Leaving Certificate, 1900
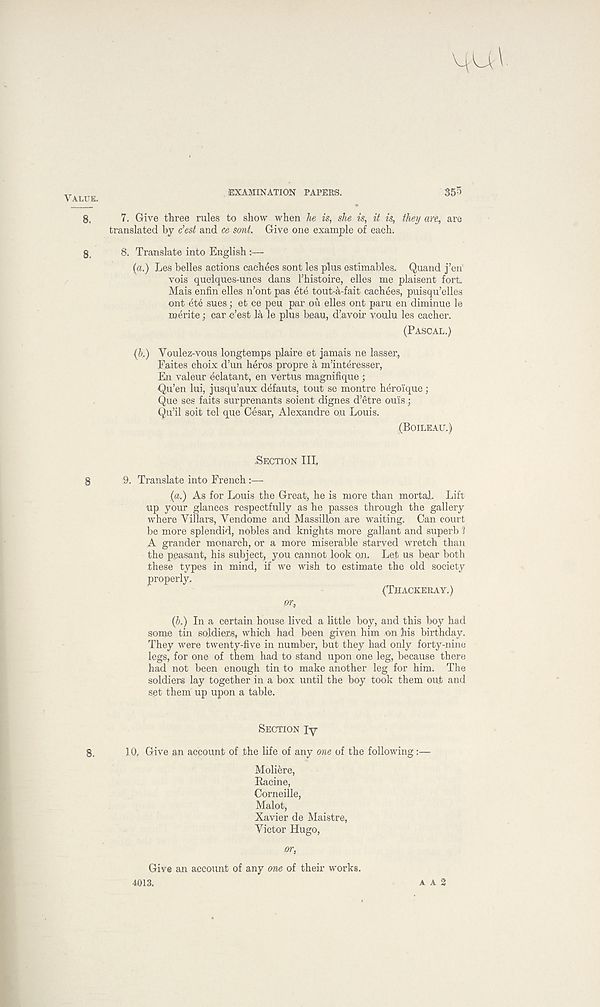
VALUE.
EXAMINATION PAPERS.
355
8,
7. Give tliree rules to show when he is, she is, it is, they are, are
translated by c’est and ce sont. Give one example of each.
8,
8. Translate into English :—
(a.) Les belles actions cachees sont les plus estimables. Quand j’en
vois queiques-unes dans Thistoire, elles me plaisent fort
Mais enfin elles n’ont pas ete tout-a-fait caehees, puisqu’elles
ont ete sues; et ce peu par ou elles ont paru en diminue le
merite; car e’est
le plus beau, d’avoir voulu les cacher.
(PASCAL.)
(b,) Voulez-vous longtemps plaire et jamais ne lasser,
Faites choix d’un heros propre a m’interesser,
En valeur eclatant, en vertus magnifique ;
Qu’en lui, jusqu’aux defauts, tout se montre heroique;
Que ses faits surprenants soient dignes d’etre ouis;
Qu’il soit tel que Cesar, Alexandre o.u Louis.
(BOILEAU.)
9. Translate into French :—
(a.) As for Louis the Great, he is more than mortal. Lift
up your glances respectfully as he passes through the gallery
where Villars, Vendome and Massillon are waiting. Can court
be more splendid, nobles and knights more gallant and superb 1
A grander monarch, or a more miserable starved wretch than
the peasant, his subject, you cannot look on. Let us bear both
these types in mind, if we wish to estimate the old society
properly.
(THACKERAY.)
(b.) In a certain house lived a little boy, and this boy had
some tin soldiers, which had been given him on his birthday.
They were twenty-five in number, but they had only forty-nine
legs, for one of them had to stand upon one leg, because there
had not been enough tin to make another leg for him. The
soldiers lay together in a box until the boy took them out and
set them up upon a table.
SECTION ly
8.
10, Give an account of the life of any oiie of the following:—
Moliere,
Bacine,
Corneille,
Malot,
Xavier de Maistre,
Victor Hugo,
or,
Give an account of any one of their works.
4013.
A A 2